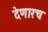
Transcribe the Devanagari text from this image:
देणारच